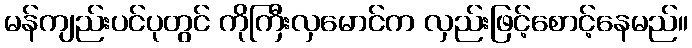
မန်ကျည်းပင်ပုတွင် ကိုကြီးလှမောင်က လှည်းဖြင့်စောင့်နေမည်။